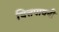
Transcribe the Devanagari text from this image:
चित्तपावनी